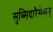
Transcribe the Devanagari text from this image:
सुब्सिदारैसेशन्